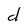
Character: d